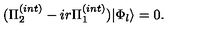
( \Pi _ { 2 } ^ { ( i n t ) } - i r \Pi _ { 1 } ^ { ( i n t ) } ) | \Phi _ { l } \rangle = 0 .